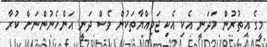
މީގެ އިތުރުން މަދަނީ އެކި އެކި ޖަމިއްޔާތަކުން ވެސް ދަނީ އަންހެނުންނަށް ކުރާ